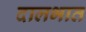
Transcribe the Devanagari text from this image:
दालभात